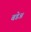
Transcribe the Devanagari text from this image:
बडेअ